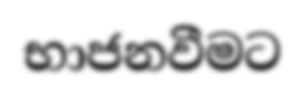
භාජනවීමට